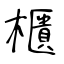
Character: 櫃